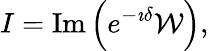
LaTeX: I=\mathrm{Im}\left(e^{-\imath\delta}{\cal W}\right),